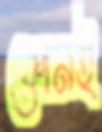
ফোনই